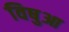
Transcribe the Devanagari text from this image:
विषुआ